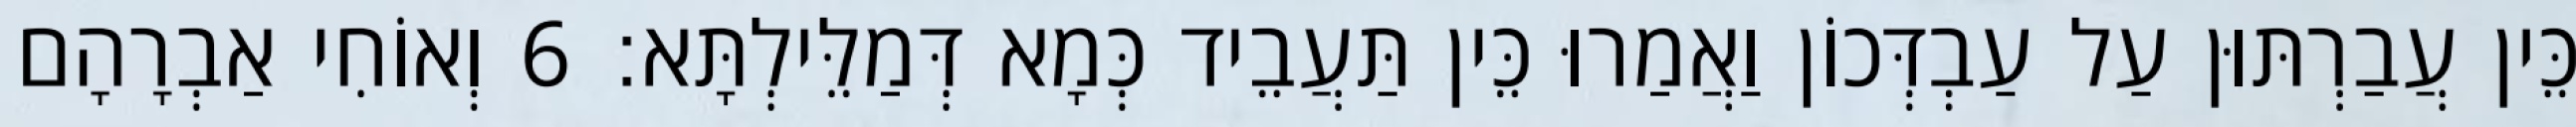
כֵּין עֲבַרְתּוּן עַל עַבְדְּכוֹן וַאֲמַרוּ כֵּין תַּעֲבֵיד כְּמָא דְּמַלֵּילְתָּא׃ 6 וְאוֹחִי אַבְרָהָם